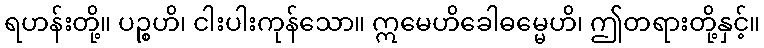
ရဟန်းတို့။ ပဉ္စဟိ၊ ငါးပါးကုန်သော။ ဣမေဟိခေါဓမ္မေဟိ၊ ဤတရားတို့နှင့်။